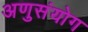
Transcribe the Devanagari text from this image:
अणुसंयोग